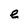
Character: e